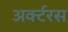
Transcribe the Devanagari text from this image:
अर्क्टरस